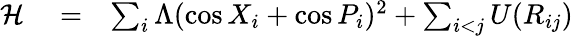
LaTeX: \begin{array}{rlr}{{\cal H}}&{{}=}&{\sum_{i}\Lambda(\cos X_{i}+\cos P_{i})^{2}+\sum_{i<j}U(R_{ij})}\end{array}